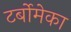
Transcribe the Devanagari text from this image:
टर्बोमेका